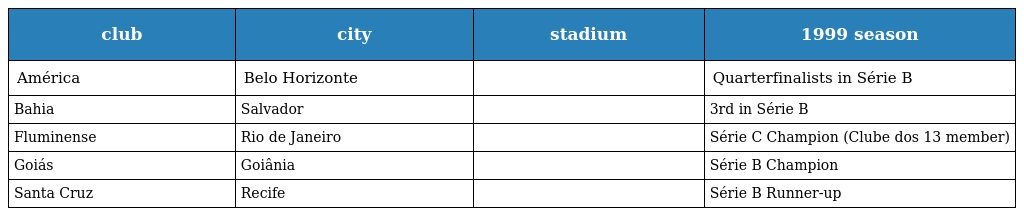
| club | city | stadium | 1999 season |
 | --- | --- | --- | --- |
 | América | Belo Horizonte |  | Quarterfinalists in Série B |
 | Bahia | Salvador |  | 3rd in Série B |
 | Fluminense | Rio de Janeiro |  | Série C Champion (Clube dos 13 member) |
 | Goiás | Goiânia |  | Série B Champion |
 | Santa Cruz | Recife |  | Série B Runner-up |